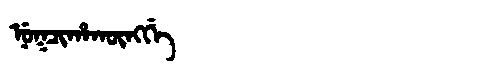
Manchu: ᠨᡠᡴᠴᡳᡥᠠᡴᡡᠩᡤᡝ
Romanization: NUKCIHAKŪNGGE